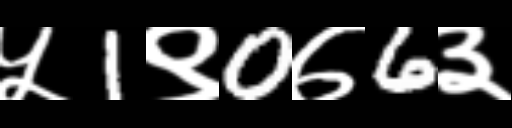
Text: ५1९0७6३